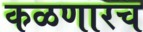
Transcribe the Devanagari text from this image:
कळणारच